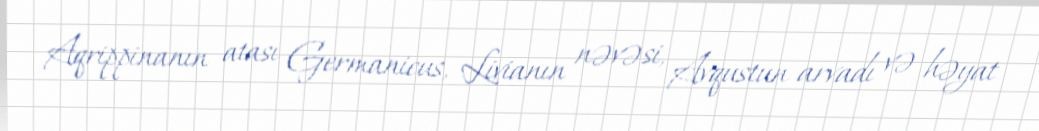
Aqrippinanın atası Germanicus, Livianın nəvəsi, Avqustun arvadı və həyat